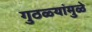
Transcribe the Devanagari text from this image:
गुठळ्यांमुळे